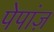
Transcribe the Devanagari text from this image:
पेपांज़